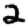
Digit: 2